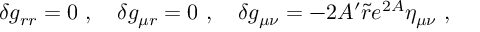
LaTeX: \delta g _ { r r } = 0 \ , \quad \delta g _ { \mu r } = 0 \ , \quad \delta g _ { \mu \nu } = - 2 A ^ { \prime } \tilde { r } e ^ { 2 A } \eta _ { \mu \nu } \ ,